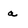
Character: a